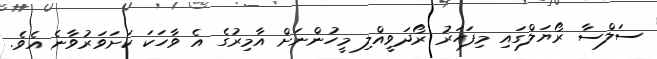
ސަލްސާ ރޯޔަލްގައި މިފަހަރު ރޯދަވީއްލި މީހުންނަށް އާމިރުގެ އެ ވާހަކަ ކަށަވަރުވާނެ އެވެ.